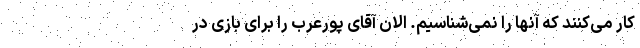
کار می‌کنند که آنها را نمی‌شناسیم. الان آقای پورعرب را برای بازی در